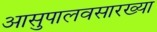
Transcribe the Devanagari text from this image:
आसुपालवसारख्या